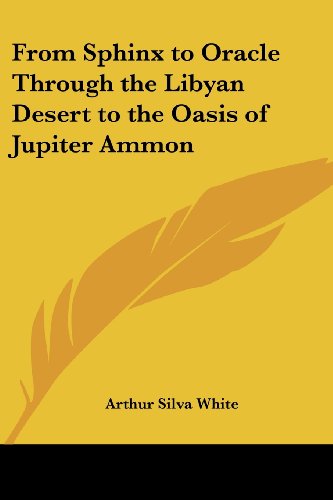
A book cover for From Sphinx to Oracle Through the Libyan Desert to the Oasis of Jupiter Ammon; Arthur Silva White; Travel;